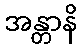
အန္တာနိ